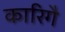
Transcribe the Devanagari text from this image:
कारिगै